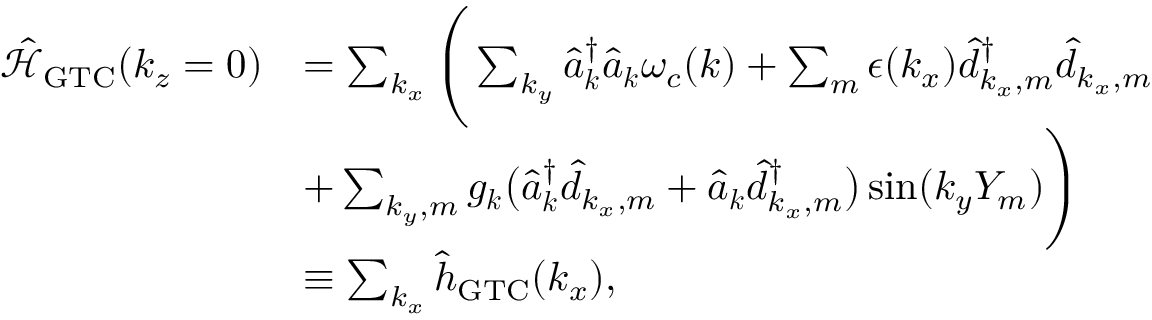
\begin{array} { r l } { \mathcal { \hat { H } } _ { \mathrm { G T C } } ( k _ { z } = 0 ) } & { = \sum _ { k _ { x } } \Bigg ( \sum _ { k _ { y } } \hat { a } _ { \boldsymbol k } ^ { \dagger } \hat { a } _ { \boldsymbol k } \omega _ { c } ( { \boldsymbol k } ) + \sum _ { m } \epsilon ( k _ { x } ) \hat { d } _ { k _ { x } , m } ^ { \dagger } \hat { d } _ { k _ { x } , m } } \\ & { + \sum _ { { k _ { y } } , m } g _ { \boldsymbol k } \big ( \hat { a } _ { { \boldsymbol k } } ^ { \dagger } \hat { d } _ { k _ { x } , m } + \hat { a } _ { { \boldsymbol k } } \hat { d } _ { k _ { x } , m } ^ { \dagger } \big ) \sin ( { k _ { y } } Y _ { m } ) \Bigg ) } \\ & { \equiv \sum _ { k _ { x } } \hat { h } _ { \mathrm { G T C } } ( k _ { x } ) , } \end{array}